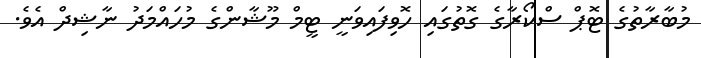
މުބާރާތުގެ ޓޮޕް ސްކޯރާގެ ގޮތުގައި ހޮވިފައިވަނީ ޓީމް މޫޝާންގެ މުހައްމަދު ނާޝިދް އެވެ.